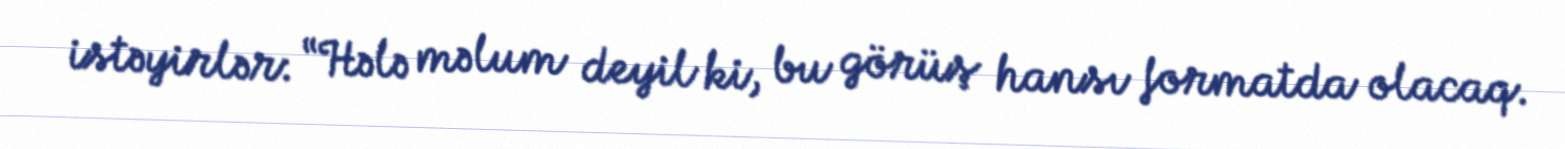
istəyirlər: “Hələ məlum deyil ki, bu görüş hansı formatda olacaq.